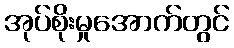
အုပ်စိုးမှုအောက်တွင်